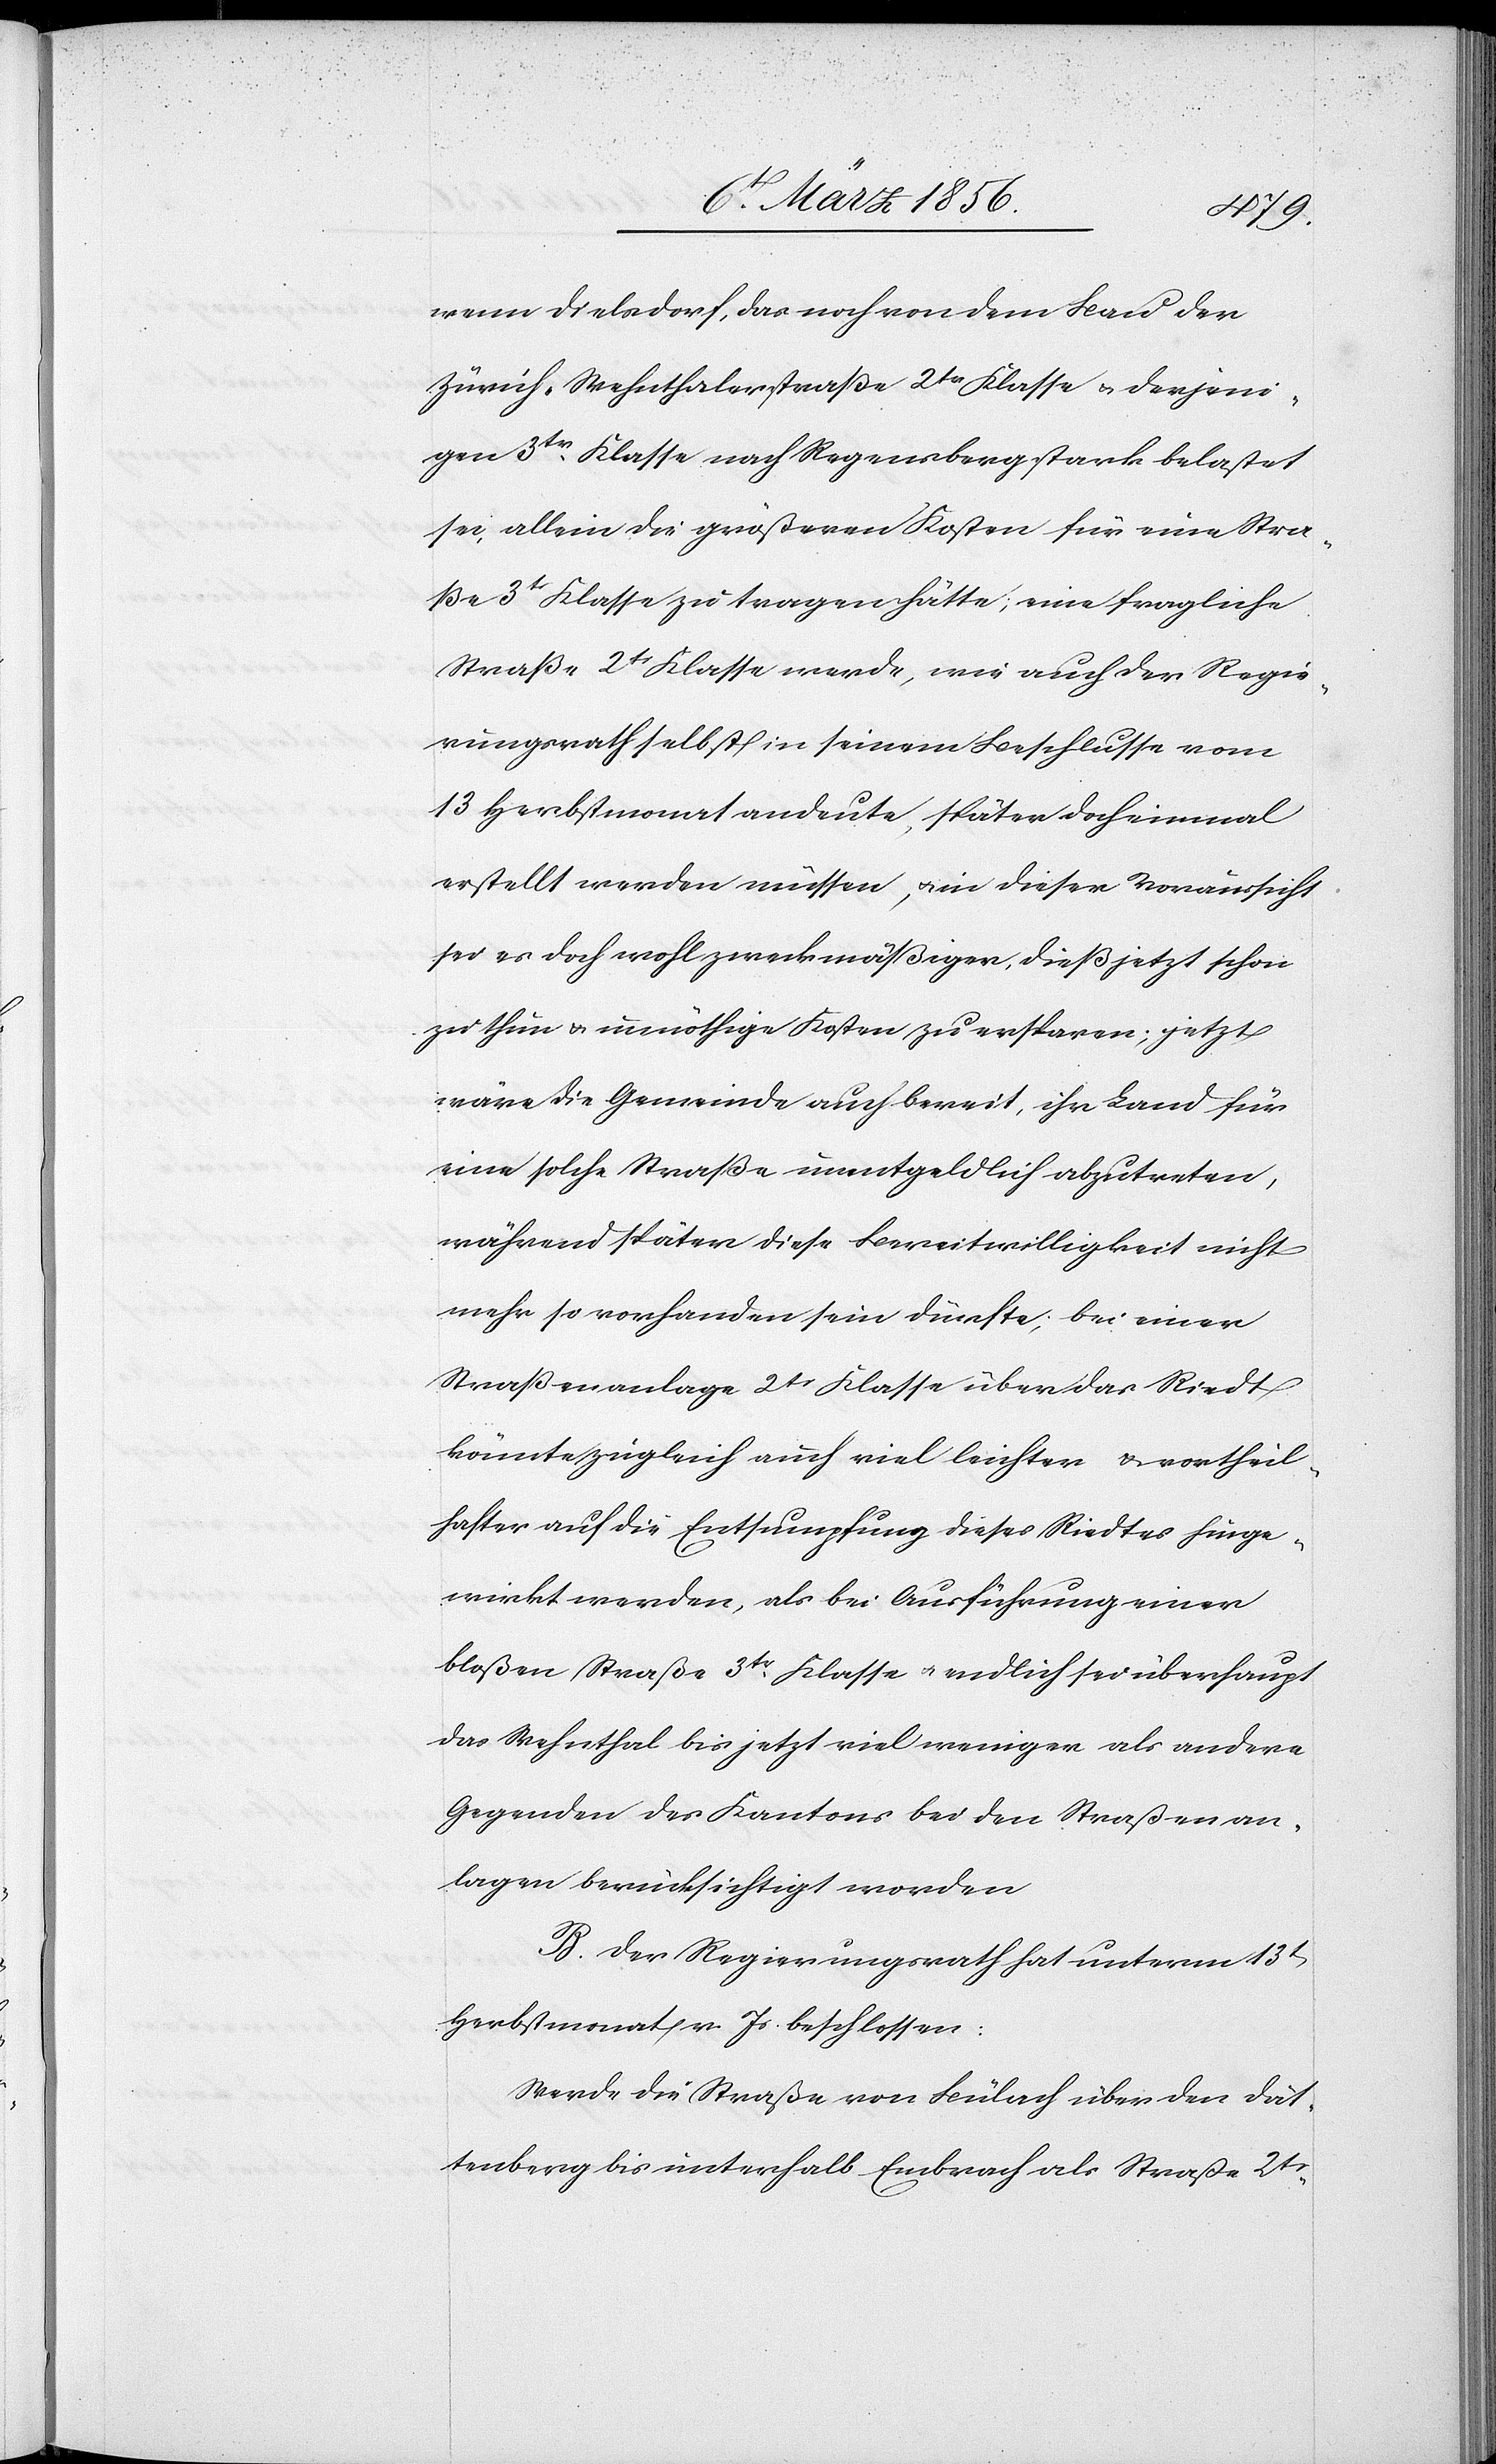
wenn Dielsdorf, das noch von dem Bau der
Zürich-Wehnthalerstraße 2tr Klasse u. derjeni¬
gen 3tr Klasse nach Regensberg stark belastet
sei, allein die größeren Kosten für eine Stra¬
ße 3tr Klasse zu tragen hätte; eine fragliche
Straße 2tr Klasse werde, wie auch der Regie¬
rungsrath selbst in seinem Beschlusse vom
13 Herbstmonat andeute, später doch einmal
erstellt werden müssen, u. in dieser Voraussicht
sei es doch wohl zweckmäßiger, dieß jetzt schon
zu thun u. unnöthige Kosten zu ersparen; jetzt
wäre die Gemeinde auch bereit, ihr Land für
eine solche Straße unentgeldlich abzutreten,
während später diese Bereitwilligkeit nicht
mehr so vorhanden sein dürfte; bei einer
Straßenanlage 2tr Klasse über das Riedt
könnte zugleich auch viel leichter & vortheil¬
hafter auf die Entsumpfung dieses Riedtes hinge¬
wirkt werden, als bei Ausführung einer
bloßen Straße 3tr Klasse u. endlich sei überhaupt
das Wehnthal bis jetzt viel weniger als andere
Gegenden des Kantons bei den Straßenan¬
lagen berücksichtigt worden
B. Der Regierungsrath hat unter 13t
Herbstmonat v. Js. beschlossen:
Werde die Straße von Bülach über den Dät¬
tenberg bis unterhalb Embrach als Straße 2tr